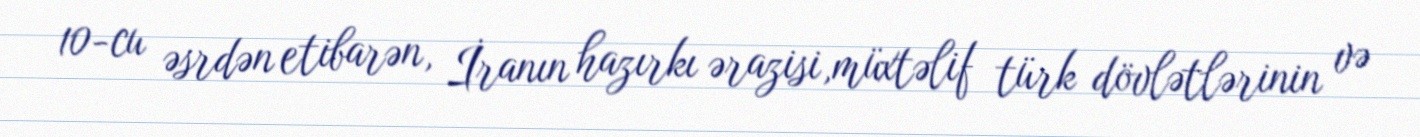
10-cu əsrdən etibarən, İranın hazırkı ərazisi,müxtəlif türk dövlətlərinin və